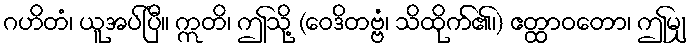
ဂဟိတံ၊ ယူအပ်ပြီ။ ဣတိ၊ ဤသို့ (ဝေဒိတဗ္ဗံ၊ သိထိုက်၏၊) ဧတ္ထာဝတော၊ ဤမျှ